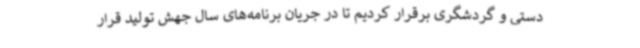
دستی و گردشگری برقرار کردیم تا در جریان برنامه‌های سال جهش تولید قرار